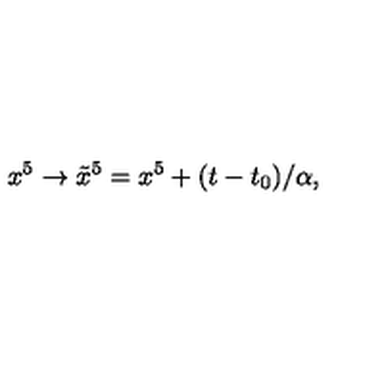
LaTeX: x ^ { 5 } \to \tilde { x } ^ { 5 } = x ^ { 5 } + ( t - t _ { 0 } ) / \alpha ,